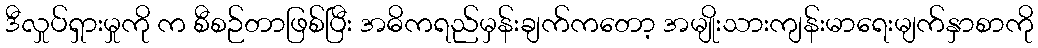
ဒီလှုပ်ရှားမှုကို က စီစဉ်တာဖြစ်ပြီး အဓိကရည်မှန်းချက်ကတော့ အမျိုးသားကျန်းမာရေးမျက်နှာစာကို